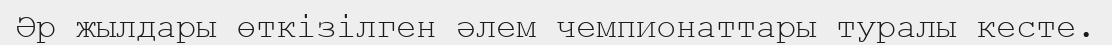
Әр жылдары өткізілген әлем чемпионаттары туралы кесте.